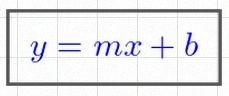
y=mx+b